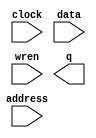
// megafunction wizard: %RAM: 1-PORT%VBB%
// GENERATION: STANDARD
// VERSION: WM1.0
// MODULE: altsyncram 

// ============================================================
// Megafunction Name(s):
// 			altsyncram
//
// Simulation Library Files(s):
// 			
// ============================================================
// ************************************************************
// THIS IS A WIZARD-GENERATED FILE. DO NOT EDIT THIS FILE!
//
// 20.1.1 Build 720 11/11/2020 SJ Lite Edition
// ************************************************************

//Copyright (C) 2020  Intel Corporation. All rights reserved.
//Your use of Intel Corporation's design tools, logic functions 
//and other software and tools, and any partner logic 
//functions, and any output files from any of the foregoing 
//(including device programming or simulation files), and any 
//associated documentation or information are expressly subject 
//to the terms and conditions of the Intel Program License 
//Subscription Agreement, the Intel Quartus Prime License Agreement,
//the Intel FPGA IP License Agreement, or other applicable license
//agreement, including, without limitation, that your use is for
//the sole purpose of programming logic devices manufactured by
//Intel and sold by Intel or its authorized distributors.  Please
//refer to the applicable agreement for further details, at
//https://fpgasoftware.intel.com/eula.

module DataMemory (
	address,
	clock,
	data,
	wren,
	q);

	input	[7:0]  address;
	input	  clock;
	input	[15:0]  data;
	input	  wren;
	output	[15:0]  q;
`ifndef ALTERA_RESERVED_QIS
// synopsys translate_off
`endif
	tri1	  clock;
`ifndef ALTERA_RESERVED_QIS
// synopsys translate_on
`endif

endmodule

// ============================================================
// CNX file retrieval info
// ============================================================
// Retrieval info: PRIVATE: ADDRESSSTALL_A NUMERIC "0"
// Retrieval info: PRIVATE: AclrAddr NUMERIC "0"
// Retrieval info: PRIVATE: AclrByte NUMERIC "0"
// Retrieval info: PRIVATE: AclrData NUMERIC "0"
// Retrieval info: PRIVATE: AclrOutput NUMERIC "0"
// Retrieval info: PRIVATE: BYTE_ENABLE NUMERIC "0"
// Retrieval info: PRIVATE: BYTE_SIZE NUMERIC "8"
// Retrieval info: PRIVATE: BlankMemory NUMERIC "0"
// Retrieval info: PRIVATE: CLOCK_ENABLE_INPUT_A NUMERIC "0"
// Retrieval info: PRIVATE: CLOCK_ENABLE_OUTPUT_A NUMERIC "0"
// Retrieval info: PRIVATE: Clken NUMERIC "0"
// Retrieval info: PRIVATE: DataBusSeparated NUMERIC "1"
// Retrieval info: PRIVATE: IMPLEMENT_IN_LES NUMERIC "0"
// Retrieval info: PRIVATE: INIT_FILE_LAYOUT STRING "PORT_A"
// Retrieval info: PRIVATE: INIT_TO_SIM_X NUMERIC "0"
// Retrieval info: PRIVATE: INTENDED_DEVICE_FAMILY STRING "Cyclone IV E"
// Retrieval info: PRIVATE: JTAG_ENABLED NUMERIC "1"
// Retrieval info: PRIVATE: JTAG_ID STRING "NONE"
// Retrieval info: PRIVATE: MAXIMUM_DEPTH NUMERIC "0"
// Retrieval info: PRIVATE: MIFfilename STRING "D.mif"
// Retrieval info: PRIVATE: NUMWORDS_A NUMERIC "256"
// Retrieval info: PRIVATE: RAM_BLOCK_TYPE NUMERIC "0"
// Retrieval info: PRIVATE: READ_DURING_WRITE_MODE_PORT_A NUMERIC "1"
// Retrieval info: PRIVATE: RegAddr NUMERIC "1"
// Retrieval info: PRIVATE: RegData NUMERIC "1"
// Retrieval info: PRIVATE: RegOutput NUMERIC "0"
// Retrieval info: PRIVATE: SYNTH_WRAPPER_GEN_POSTFIX STRING "1"
// Retrieval info: PRIVATE: SingleClock NUMERIC "1"
// Retrieval info: PRIVATE: UseDQRAM NUMERIC "1"
// Retrieval info: PRIVATE: WRCONTROL_ACLR_A NUMERIC "0"
// Retrieval info: PRIVATE: WidthAddr NUMERIC "8"
// Retrieval info: PRIVATE: WidthData NUMERIC "16"
// Retrieval info: PRIVATE: rden NUMERIC "0"
// Retrieval info: LIBRARY: altera_mf altera_mf.altera_mf_components.all
// Retrieval info: CONSTANT: CLOCK_ENABLE_INPUT_A STRING "BYPASS"
// Retrieval info: CONSTANT: CLOCK_ENABLE_OUTPUT_A STRING "BYPASS"
// Retrieval info: CONSTANT: INIT_FILE STRING "D.mif"
// Retrieval info: CONSTANT: INTENDED_DEVICE_FAMILY STRING "Cyclone IV E"
// Retrieval info: CONSTANT: LPM_HINT STRING "ENABLE_RUNTIME_MOD=YES,INSTANCE_NAME=NONE"
// Retrieval info: CONSTANT: LPM_TYPE STRING "altsyncram"
// Retrieval info: CONSTANT: NUMWORDS_A NUMERIC "256"
// Retrieval info: CONSTANT: OPERATION_MODE STRING "SINGLE_PORT"
// Retrieval info: CONSTANT: OUTDATA_ACLR_A STRING "NONE"
// Retrieval info: CONSTANT: OUTDATA_REG_A STRING "UNREGISTERED"
// Retrieval info: CONSTANT: POWER_UP_UNINITIALIZED STRING "FALSE"
// Retrieval info: CONSTANT: READ_DURING_WRITE_MODE_PORT_A STRING "OLD_DATA"
// Retrieval info: CONSTANT: WIDTHAD_A NUMERIC "8"
// Retrieval info: CONSTANT: WIDTH_A NUMERIC "16"
// Retrieval info: CONSTANT: WIDTH_BYTEENA_A NUMERIC "1"
// Retrieval info: USED_PORT: address 0 0 8 0 INPUT NODEFVAL "address[7..0]"
// Retrieval info: USED_PORT: clock 0 0 0 0 INPUT VCC "clock"
// Retrieval info: USED_PORT: data 0 0 16 0 INPUT NODEFVAL "data[15..0]"
// Retrieval info: USED_PORT: q 0 0 16 0 OUTPUT NODEFVAL "q[15..0]"
// Retrieval info: USED_PORT: wren 0 0 0 0 INPUT NODEFVAL "wren"
// Retrieval info: CONNECT: @address_a 0 0 8 0 address 0 0 8 0
// Retrieval info: CONNECT: @clock0 0 0 0 0 clock 0 0 0 0
// Retrieval info: CONNECT: @data_a 0 0 16 0 data 0 0 16 0
// Retrieval info: CONNECT: @wren_a 0 0 0 0 wren 0 0 0 0
// Retrieval info: CONNECT: q 0 0 16 0 @q_a 0 0 16 0
// Retrieval info: GEN_FILE: TYPE_NORMAL DataMemory.v TRUE
// Retrieval info: GEN_FILE: TYPE_NORMAL DataMemory.inc FALSE
// Retrieval info: GEN_FILE: TYPE_NORMAL DataMemory.cmp FALSE
// Retrieval info: GEN_FILE: TYPE_NORMAL DataMemory.bsf FALSE
// Retrieval info: GEN_FILE: TYPE_NORMAL DataMemory_inst.v TRUE
// Retrieval info: GEN_FILE: TYPE_NORMAL DataMemory_bb.v TRUE
// Retrieval info: GEN_FILE: TYPE_NORMAL DataMemory_syn.v TRUE